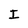
Character: I